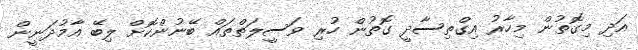
އަދި މިގޮތުން މިހާރު އިގްތިސާދީ ގޮތުން ހުރި ވަސީލަތްތައް ބޭނުންކޮށް ލިބޭ އާމުދަނީން